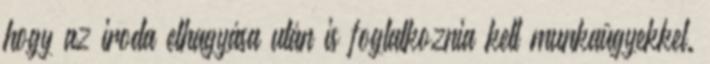
hogy az iroda elhagyása után is foglalkoznia kell munkaügyekkel.